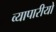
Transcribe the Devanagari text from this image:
व्यापारीयो